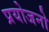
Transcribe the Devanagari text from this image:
प्रयोजनो